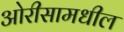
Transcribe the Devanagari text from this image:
ओरीसामधील